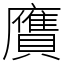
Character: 𧸛